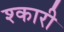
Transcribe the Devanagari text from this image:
श्कारी